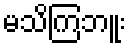
မသိကြဘူး